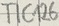
Text: TIC126